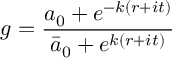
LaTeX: g = { \frac { a _ { 0 } + e ^ { - k ( r + i t ) } } { \bar { a } _ { 0 } + e ^ { k ( r + i t ) } } }